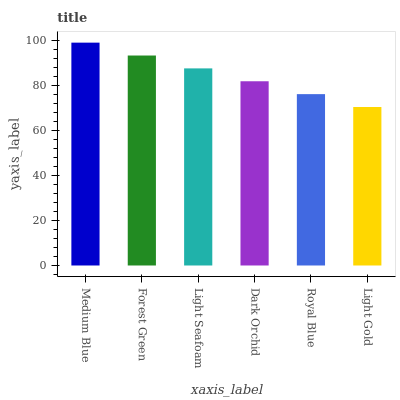
| xaxis_label | bars |
 | --- | --- |
 | Medium Blue | 99 |
 | Forest Green | 93.3 |
 | Light Seafoam | 87.6 |
 | Dark Orchid | 81.8 |
 | Royal Blue | 76.1 |
 | Light Gold | 70.4 |